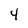
Character: 4